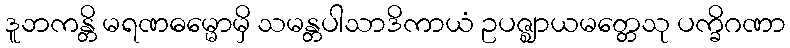
ဒူဘကန္တိ မရဏဓမ္မောမှိ သမန္တပါသာဒိကာယံ ဥပဇ္ဈာယမတ္တေသု ပက္ခိဂဏာ